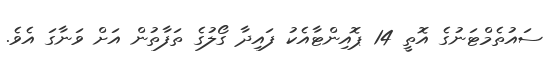
ސައުތެމްޓަނުގެ އޮތީ 14 ޕޮއިންޓާއެކު ފައިދާ ގޯލުގެ ތަފާތުން އަށް ވަނާގަ އެވެ.